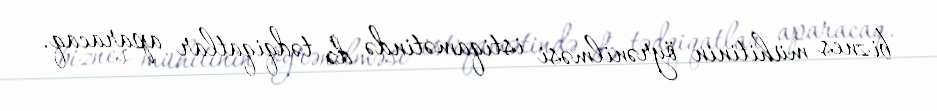
biznes mühitinin öyrənilməsi istiqamətində də tədqiqatlar aparacaq.